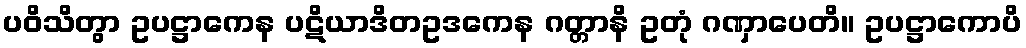
ပဝိသိတွာ ဥပဋ္ဌာကေန ပဋိယာဒိတဥဒကေန ဂတ္တာနိ ဥတုံ ဂဏှာပေတိ။ ဥပဋ္ဌာကောပိ